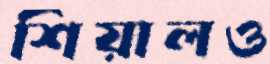
শিয়ালও